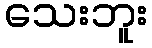
သေးဘူး